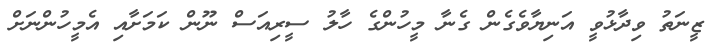
ޒީނަތު ވިދާޅުވީ އަނިޔާވެގެން ގެނާ މީހުންގެ ހާލު ސީރިއަސް ނޫން ކަމަށާއި އެމީހުންނަށް